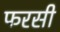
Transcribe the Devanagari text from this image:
फरसी